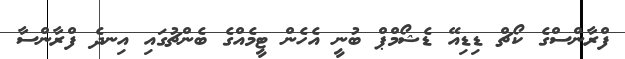
ފްރާންސްގެ ކޯޗް ޑިޑިއޭ ޑެޝޯމްޕް ބުނީ އެހެން ޓީމެއްގެ ބެންޗުގައި އިނދެ ފްރާންސާ